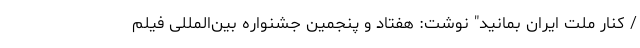
/ کنار ملت ایران بمانید" نوشت: هفتاد و پنجمین جشنواره بین‌المللی فیلم